Annual report of the Punjab Veterinary College and of the Civil Veterinary Department, Punjab - 1894-1908
Year: 1894
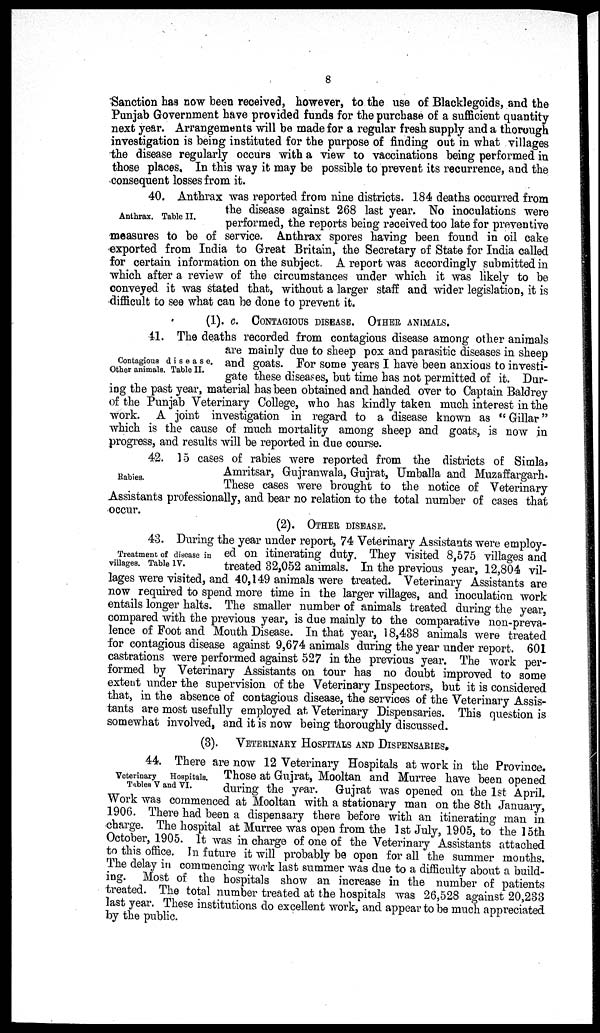
8
Sanction has now been received, however, to the use of Blacklegoids, and the
Punjab Government have provided funds for the purchase of a sufficient quantity
next year. Arrangements will be made for a regular fresh supply and a thorough
investigation is being instituted for the purpose of finding out in what villages
the disease regularly occurs with a view to vaccinations being performed in
those places. In this way it may be possible to prevent its recurrence, and the
consequent losses from it.
Anthrax. Table II.
40. Anthrax was reported from nine districts. 184 deaths occurred from
the disease against 268 last year. No inoculations were
performed, the reports being received too late for preventive
measures to be of service. Anthrax spores having been found in oil cake
exported from India to Great Britain, the Secretary of State for India called
for certain information on the subject. A report was accordingly submitted in
which after a review of the circumstances under which it was likely to be
conveyed it was stated that, without a larger staff and wider legislation, it is
difficult to see what can be done to prevent it.
(1). c. CONTAGIOUS DISEASE. OTHER ANIMALS.
Contagious disease.
Other animals. Table II.
41. The deaths recorded from contagious disease among other animals
are mainly due to sheep pox and parasitic diseases in sheep
and goats. For some years I have been anxious to investi-
gate these diseases, but time has not permitted of it. Dur-
ing the past year, material has been obtained and handed over to Captain Baldrey
of the Punjab Veterinary College, who has kindly taken much interest in the
work. A joint investigation in regard to a disease known as "Gillar"
which is the cause of much mortality among sheep and goats, is now in
progress, and results will be reported in due course.
Rabies.
42. 15 cases of rabies were reported from the districts of Simla,
Amritsar, Gujranwala, Gujrat, Umballa and Muzaffargarh.
These cases were brought to the notice of Veterinary
Assistants professionally, and bear no relation to the total number of cases that
occur.
(2). OTHER DISEASE.
Treatment of disease in
villages. Table IV.
43. During the year under report, 74 Veterinary Assistants were employ-
ed on itinerating duty. They visited 8,575 villages and
treated 32,052 animals. In the previous year, 12,804 vil-
lages were visited, and 40,149 animals were treated. Veterinary Assistants are
now required to spend more time in the larger villages, and inoculation work
entails longer halts. The smaller number of animals treated during the year,
compared with the previous year, is due mainly to the comparative non-preva-
lence of Foot and Mouth Disease. In that year, 18,438 animals were treated
for contagious disease against 9,674 animals during the year under report. 601
castrations were performed against 527 in the previous year. The work per-
formed by Veterinary Assistants on tour has no doubt improved to some
extent under the supervision of the Veterinary Inspectors, but it is considered
that, in the absence of contagious disease, the services of the Veterinary Assis-
tants are most usefully employed at Veterinary Dispensaries. This question is
somewhat involved, and it is now being thoroughly discussed.
(3). VETERINARY HOSPITALS AND DISPENSARIES.
Veterinary Hospitals.
Tables V and VI.
44. There are now 12 Veterinary Hospitals at work in the Province.
Those at Gujrat, Mooltan and Murree have been opened
during the year. Gujrat was opened on the 1st April.
Work was commenced at Mooltan with a stationary man on the 8th January,
1906. There had been a dispensary there before with an itinerating man in
•charge. The hospital at Murree was open from the 1st July, 1905, to the 15th
October, 1905. It was in charge of one of the Veterinary Assistants attached
to this office. In future it will probably be open for all the summer months.
The delay in commencing work last summer was due to a difficulty about a build-
ing. Most of the hospitals show an increase in the number of patients
treated. The total number treated at the hospitals was 26,528 against 20,233
last year. These institutions do excellent work, and appear to be much appreciated
by the public.